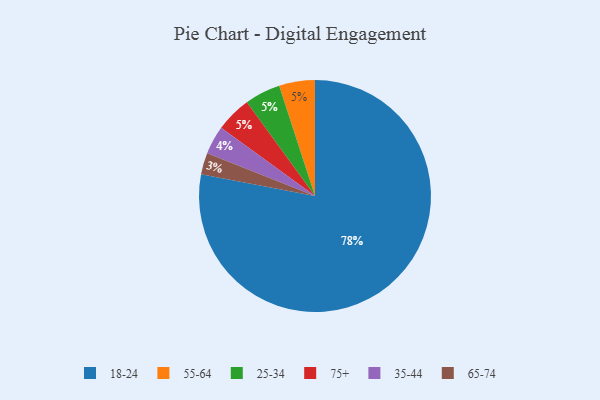
{"axis": {"x": "Category", "y": "Percentage"}, "legend": ["18-24", "25-34", "35-44", "55-64", "65-74", "75+"], "data": [{"x": "18-24", "y": 78, "type": "18-24"}, {"x": "35-44", "y": 4, "type": "35-44"}, {"x": "55-64", "y": 5, "type": "55-64"}, {"x": "65-74", "y": 3, "type": "65-74"}, {"x": "25-34", "y": 5, "type": "25-34"}, {"x": "75+", "y": 5, "type": "75+"}]}